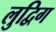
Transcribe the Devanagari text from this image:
लुद्विग